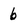
Character: 6